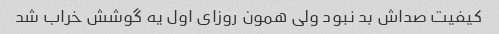
کیفیت صداش بد نبود ولی همون روزای اول یه گوشش خراب شد